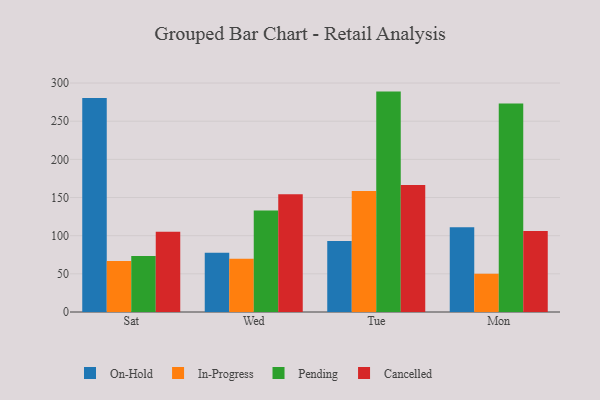
{"axis": {"x": "Day", "y": "Demand Index"}, "legend": ["Cancelled", "In-Progress", "On-Hold", "Pending"], "data": [{"x": "Sat", "y": 280.4, "type": "On-Hold"}, {"x": "Sat", "y": 66.9, "type": "In-Progress"}, {"x": "Sat", "y": 73.5, "type": "Pending"}, {"x": "Sat", "y": 105.2, "type": "Cancelled"}, {"x": "Wed", "y": 77.6, "type": "On-Hold"}, {"x": "Wed", "y": 69.7, "type": "In-Progress"}, {"x": "Wed", "y": 133.1, "type": "Pending"}, {"x": "Wed", "y": 154.3, "type": "Cancelled"}, {"x": "Tue", "y": 92.9, "type": "On-Hold"}, {"x": "Tue", "y": 158.5, "type": "In-Progress"}, {"x": "Tue", "y": 288.8, "type": "Pending"}, {"x": "Tue", "y": 166.5, "type": "Cancelled"}, {"x": "Mon", "y": 111.2, "type": "On-Hold"}, {"x": "Mon", "y": 50.2, "type": "In-Progress"}, {"x": "Mon", "y": 273.1, "type": "Pending"}, {"x": "Mon", "y": 106.3, "type": "Cancelled"}]}